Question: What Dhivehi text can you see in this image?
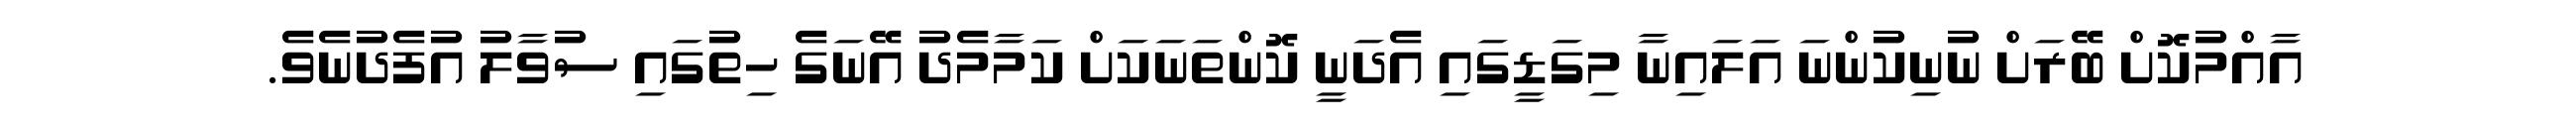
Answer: އާއްމުކޮށް ބޭރަށް ނުނިކުންނަ އަލައިނާ މިގަޑީގައި އެދަނީ ކޮންތަނަކަށް ކަމާމެދު އޭނަގެ ހިތުގައި ސުވާލު އުފެދުނެވެ.